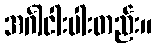
အင်္ဂါငါးပါးတည်း။